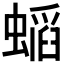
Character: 𲀅